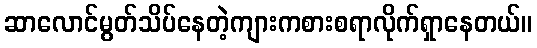
ဆာလောင်မွတ်သိပ်နေတဲ့ကျားကစားစရာလိုက်ရှာနေတယ်။